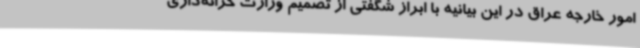
امور خارجه عراق در این بیانیه با ابراز شگفتی از تصمیم وزارت خزانه‌داری